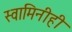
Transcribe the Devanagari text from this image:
स्वामिनीही